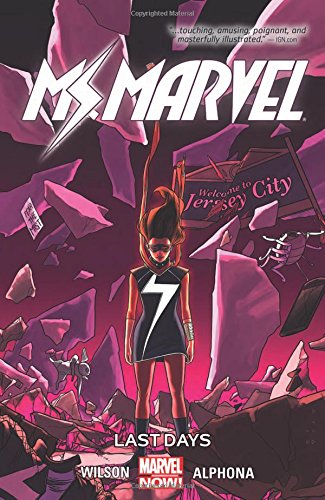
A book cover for Ms. Marvel Vol. 4: Last Days; Marvel Comics; Comics & Graphic Novels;